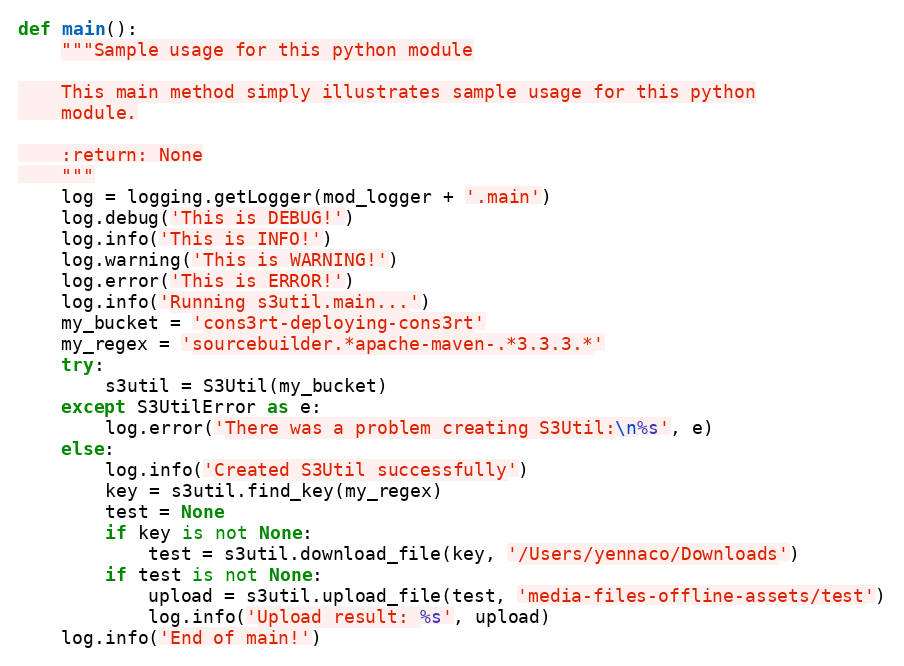
Language: Python
def main():
    """Sample usage for this python module

    This main method simply illustrates sample usage for this python
    module.

    :return: None
    """
    log = logging.getLogger(mod_logger + '.main')
    log.debug('This is DEBUG!')
    log.info('This is INFO!')
    log.warning('This is WARNING!')
    log.error('This is ERROR!')
    log.info('Running s3util.main...')
    my_bucket = 'cons3rt-deploying-cons3rt'
    my_regex = 'sourcebuilder.*apache-maven-.*3.3.3.*'
    try:
        s3util = S3Util(my_bucket)
    except S3UtilError as e:
        log.error('There was a problem creating S3Util:\n%s', e)
    else:
        log.info('Created S3Util successfully')
        key = s3util.find_key(my_regex)
        test = None
        if key is not None:
            test = s3util.download_file(key, '/Users/yennaco/Downloads')
        if test is not None:
            upload = s3util.upload_file(test, 'media-files-offline-assets/test')
            log.info('Upload result: %s', upload)
    log.info('End of main!')